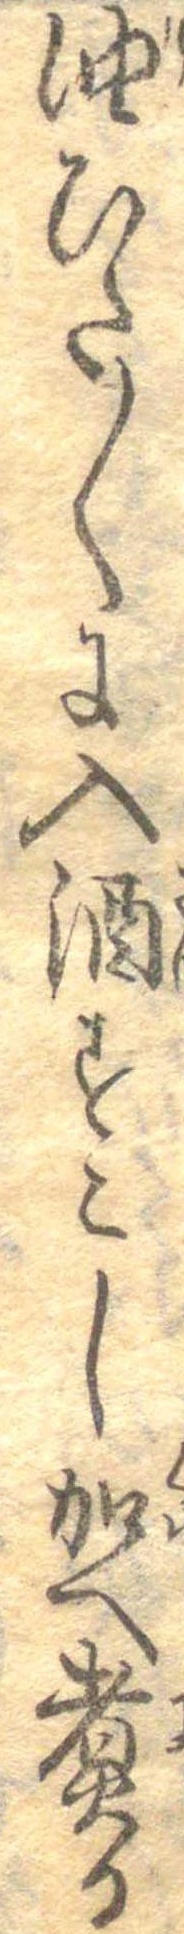
油ひた〱に入酒すこし加へ煮る